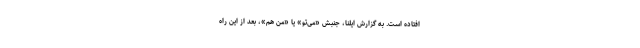
افتاده است. به گزارش ایلنا، جنبش «می‌تو» یا «من هم»، بعد از این راه